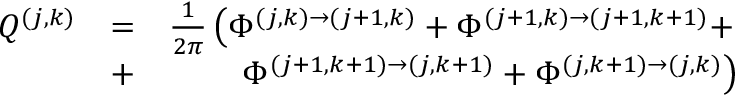
\begin{array} { r l r } { Q ^ { ( j , k ) } } & { = } & { \frac { 1 } { 2 \pi } \left( \Phi ^ { ( j , k ) \rightarrow ( j + 1 , k ) } + \Phi ^ { ( j + 1 , k ) \rightarrow ( j + 1 , k + 1 ) } + \right. } \\ & { + } & { \left. \Phi ^ { ( j + 1 , k + 1 ) \rightarrow ( j , k + 1 ) } + \Phi ^ { ( j , k + 1 ) \rightarrow ( j , k ) } \right) } \end{array}